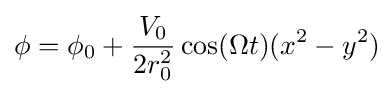
\phi =\phi _{0}+{\frac {V_{0}}{2r_{0}^{2}}}\cos(\Omega t)(x^{2}-y^{2})\!